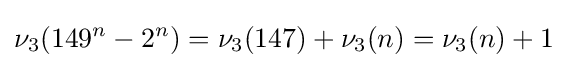
\nu _{3}(149^{n}-2^{n})=\nu _{3}(147)+\nu _{3}(n)=\nu _{3}(n)+1